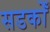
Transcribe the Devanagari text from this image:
सडकोँ